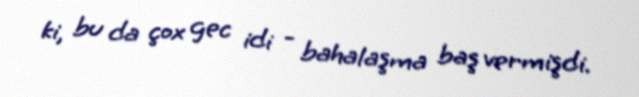
ki, bu da çox gec idi - bahalaşma baş vermişdi.